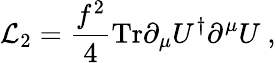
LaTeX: {\cal L}_{2}={\frac{f^{2}}{4}}\mathrm{Tr}\partial_{\mu}U^{\dagger}\partial^{\mu}U~,